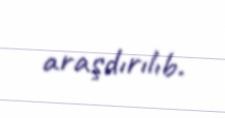
araşdırılıb.